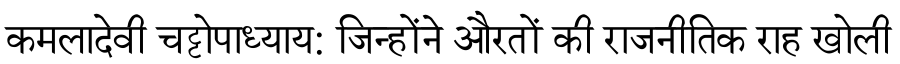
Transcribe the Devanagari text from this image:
कमलादेवी चट्टोपाध्याय: जिन्होंने औरतों की राजनीतिक राह खोली